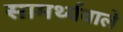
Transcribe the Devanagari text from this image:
सामर्थ्यवाले